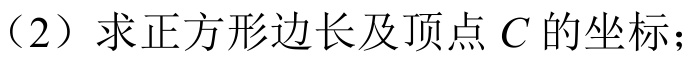
（2）求正方形边长及顶点 \(C\) 的坐标；